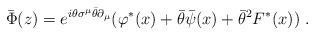
LaTeX: \begin{align*}\bar{\Phi}(z)= e^{i\theta \sigma^\mu \bar\theta\partial_\mu}(\varphi^*(x)+\bar{\theta} \bar{\psi}(x)+ \bar{\theta}^2 F^*(x))\,\,. \end{align*}